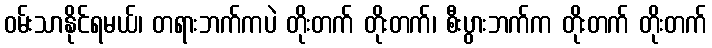
ဝမ်းသာနိုင်ရမယ်၊ တရားဘက်ကပဲ တိုးတက် တိုးတက်၊ စီးပွားဘက်က တိုးတက် တိုးတက်